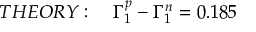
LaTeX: T H E O R Y : ~ ~ ~ \Gamma _ { 1 } ^ { p } - \Gamma _ { 1 } ^ { n } = 0 . 1 8 5